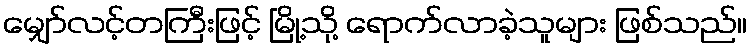
မျှော်လင့်တကြီးဖြင့် မြို့သို့ ရောက်လာခဲ့သူများ ဖြစ်သည်။